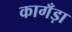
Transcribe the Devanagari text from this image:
कागँड़ा